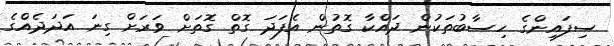
ސިފައިންގެ ހިސާބުތަކުން ދައްކާ ގޮތުން އެފަދަ ގޮތް ގޮތަށް ވަރަށް ގިނަ އަދަދެއްގެ